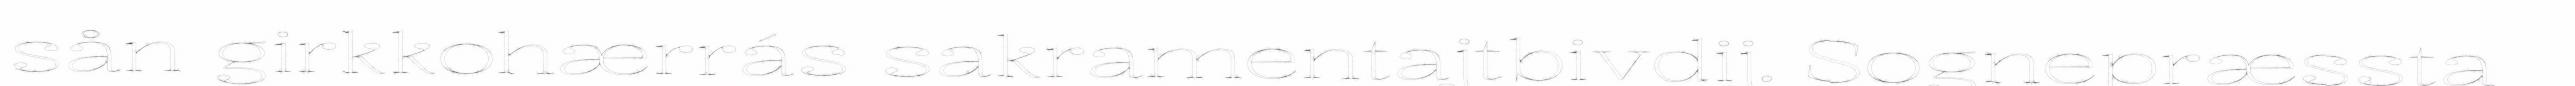
sån girkkohærrás sakramentajtbivdij. Sognepræssta